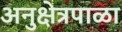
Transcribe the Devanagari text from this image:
अनुक्षेत्रपाळा